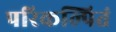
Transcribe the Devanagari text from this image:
परिकल्पितं